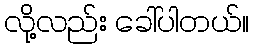
လို့လည်း ခေါ်ပါတယ်။